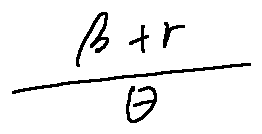
\frac { \beta + \gamma } { \theta }